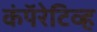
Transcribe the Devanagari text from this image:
कंपॅरेटिव्ह